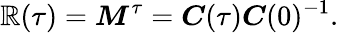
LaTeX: \boldsymbol{\mathbb{R}}(\tau)=\boldsymbol{M}^{\tau}=\boldsymbol{C}(\tau)\boldsymbol{C}(0)^{-1}.